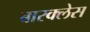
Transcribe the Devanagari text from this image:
बारक्लेस